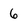
Character: 6